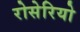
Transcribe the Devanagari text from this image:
रोसेरियो